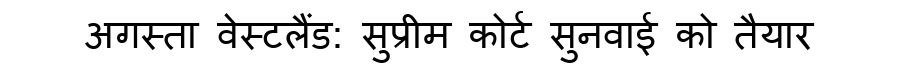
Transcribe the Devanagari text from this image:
अगस्ता वेस्टलैंड: सुप्रीम कोर्ट सुनवाई को तैयार